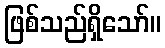
ဖြစ်သည်ရှိသော်။